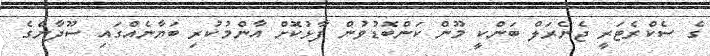
ގެ ސެކްރެޓަރީ ޖެނެރަލް ބަންކީ މޫން ކަންބޮޑުވުން ފާޅުކޮށް އާންމުކުރި ބަޔާނެއްގައި ސޫދާންގެ